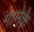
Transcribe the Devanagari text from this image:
गानेके